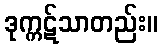
ဒုက္ကဋ်သာတည်း။